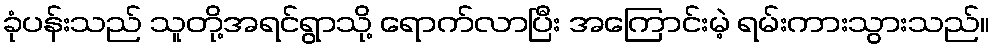
ခုံပန်းသည် သူတို့အရင်ရွာသို့ ရောက်လာပြီး အကြောင်းမဲ့ ရမ်းကားသွားသည်။